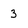
Character: 3